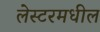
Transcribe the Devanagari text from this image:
लेस्टरमधील